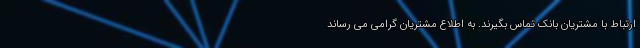
ارتباط با مشتریان بانک تماس بگیرند. به اطلاع مشتریان گرامی می رساند